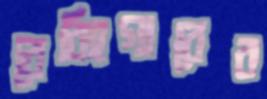
বেরিংগারের